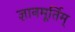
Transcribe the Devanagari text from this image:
ज्ञानमूर्तिम्